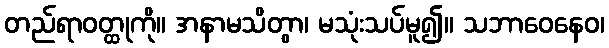
တည်ရာဝတ္ထုကို။ အနာမသိတွာ၊ မသုံးသပ်မူ၍။ သဘာဝေနေဝ၊